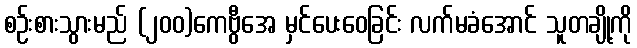
စဉ်းစားသွားမည် (၂၀၀)ကေဗွီအေ မှင်ပေးဝေခြင်း လက်မခံအောင် သူတချို့ကို